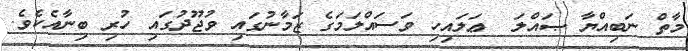
މާތް ނަބިއްޔާ ޞައްލަ  ޢަލައިހި ވަސައްލަމަގެ ޒަމާނުގައި ވުޖޫދުގައި ހުރި ބިނާއެކެވެ.